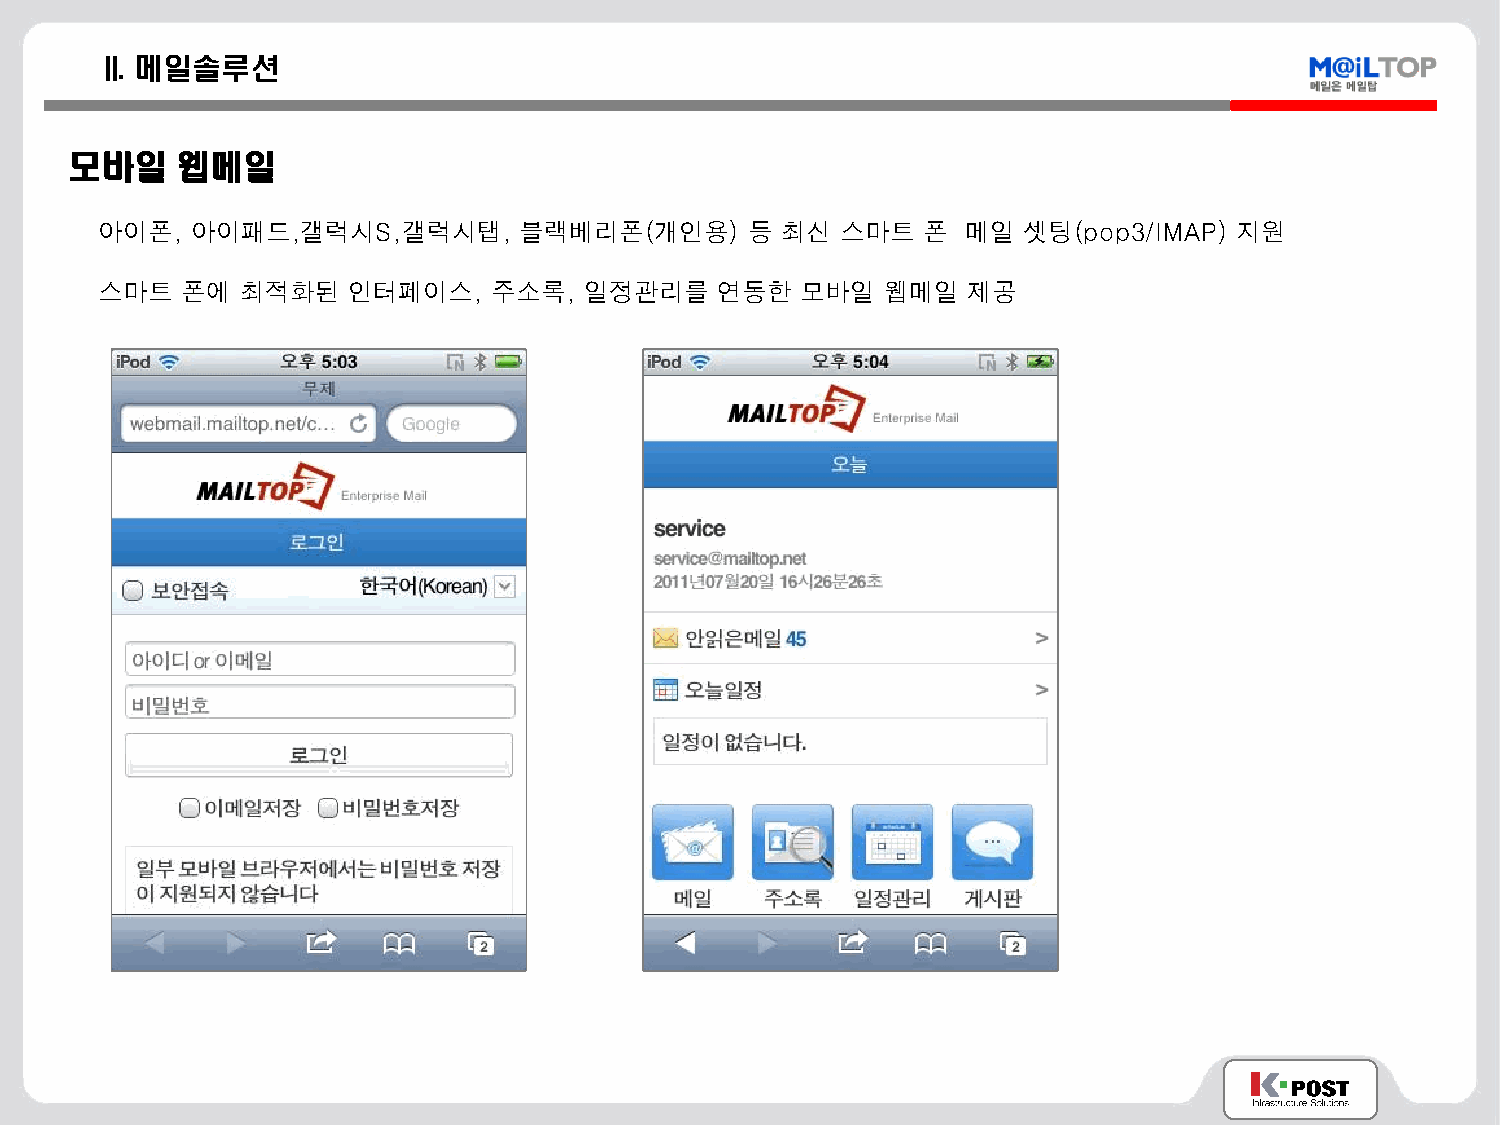
II. 메일솔루션
 모바일    웹메일
 아이폰,  아이패드,갤럭시S,갤럭시탭,      블랙베리폰(개인용)      등 최신  스마트  폰  메일  셋팅(pop3/IMAP) 지원
 스마트  폰에  최적화된   인터페이스,    주소록,  일정관리를   연동한   모바일   웹메일  제공